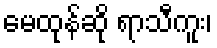
မေထုန်ဆို ရာသီကူး၊